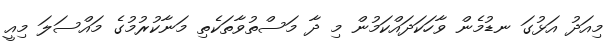
މިއަދު އަޅުގަ ނޑުމެން ވާހަކަދައްކަމުން މި ދާ މަސްތުވާތަކެތި މަނާކުރުމުގެ މައްސަލަ މިއީ